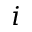
i